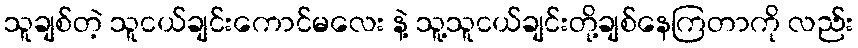
သူချစ်တဲ့ သူငယ်ချင်းကောင်မလေး နဲ့ သူ့သူငယ်ချင်းတို့ချစ်နေကြတာကို လည်း